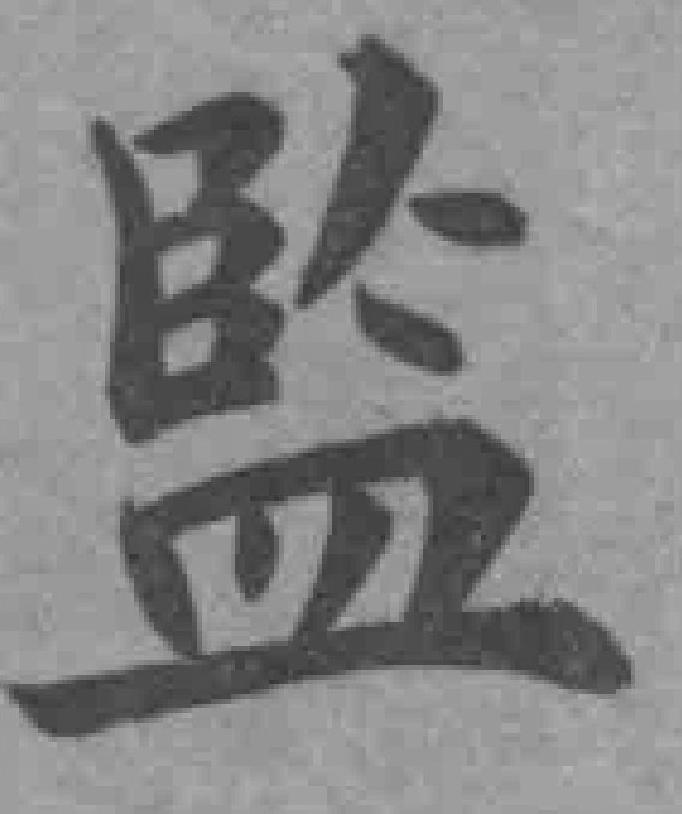
監